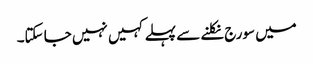
میں سورج نکلنے سے پہلے کہیں نہیں جا سکتا۔